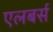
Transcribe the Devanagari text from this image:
एलबर्स